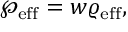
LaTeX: \wp _ { \mathrm { e f f } } = w \varrho _ { \mathrm { e f f } } ,